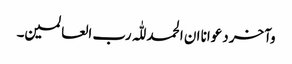
وآخر دعوانا ان الحمد للّٰہ رب العالمین۔